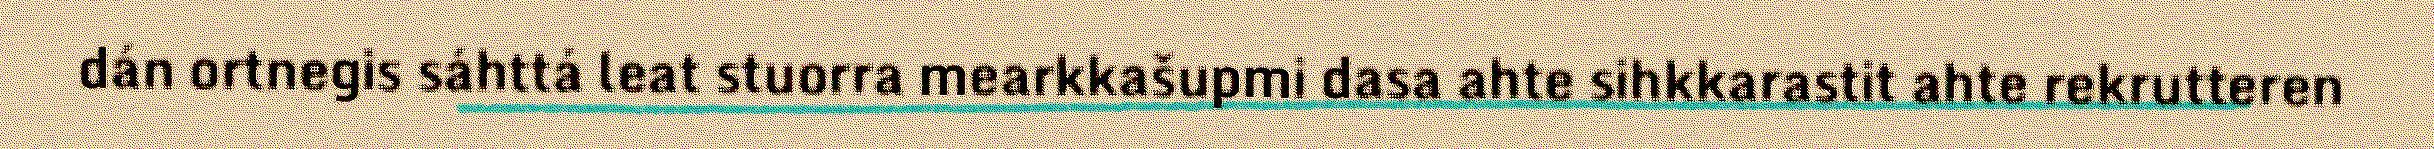
dán ortnegis sáhttá leat stuorra mearkkašupmi dasa ahte sihkkarastit ahte rekrutteren